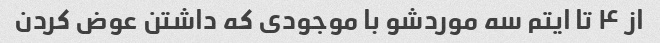
از ۴ تا ایتم سه موردشو با موجودی که داشتن عوض کردن